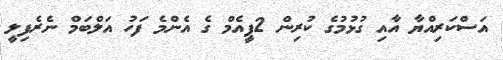
އަސްކަރިއްޔާ އާއި ގުޅުމުގެ ކުރިން 2ޕީއެމް ގެ އެންމެ ފަހު އަލްބަމް ނެރެފިލީ